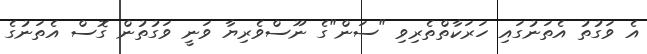
އެ ވަގުތު އެތަނުގައި ހަރަކާތްތެރިވި "ސަން"ގެ ނޫސްވެރިޔާ ވަނީ ވަގުތުން ގޮސް އެތަނުގެ